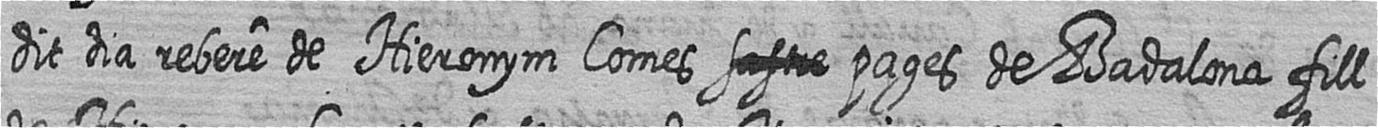
dit dia rebere de Hieronym Comes # pages de Badalona fill